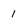
Character: 1